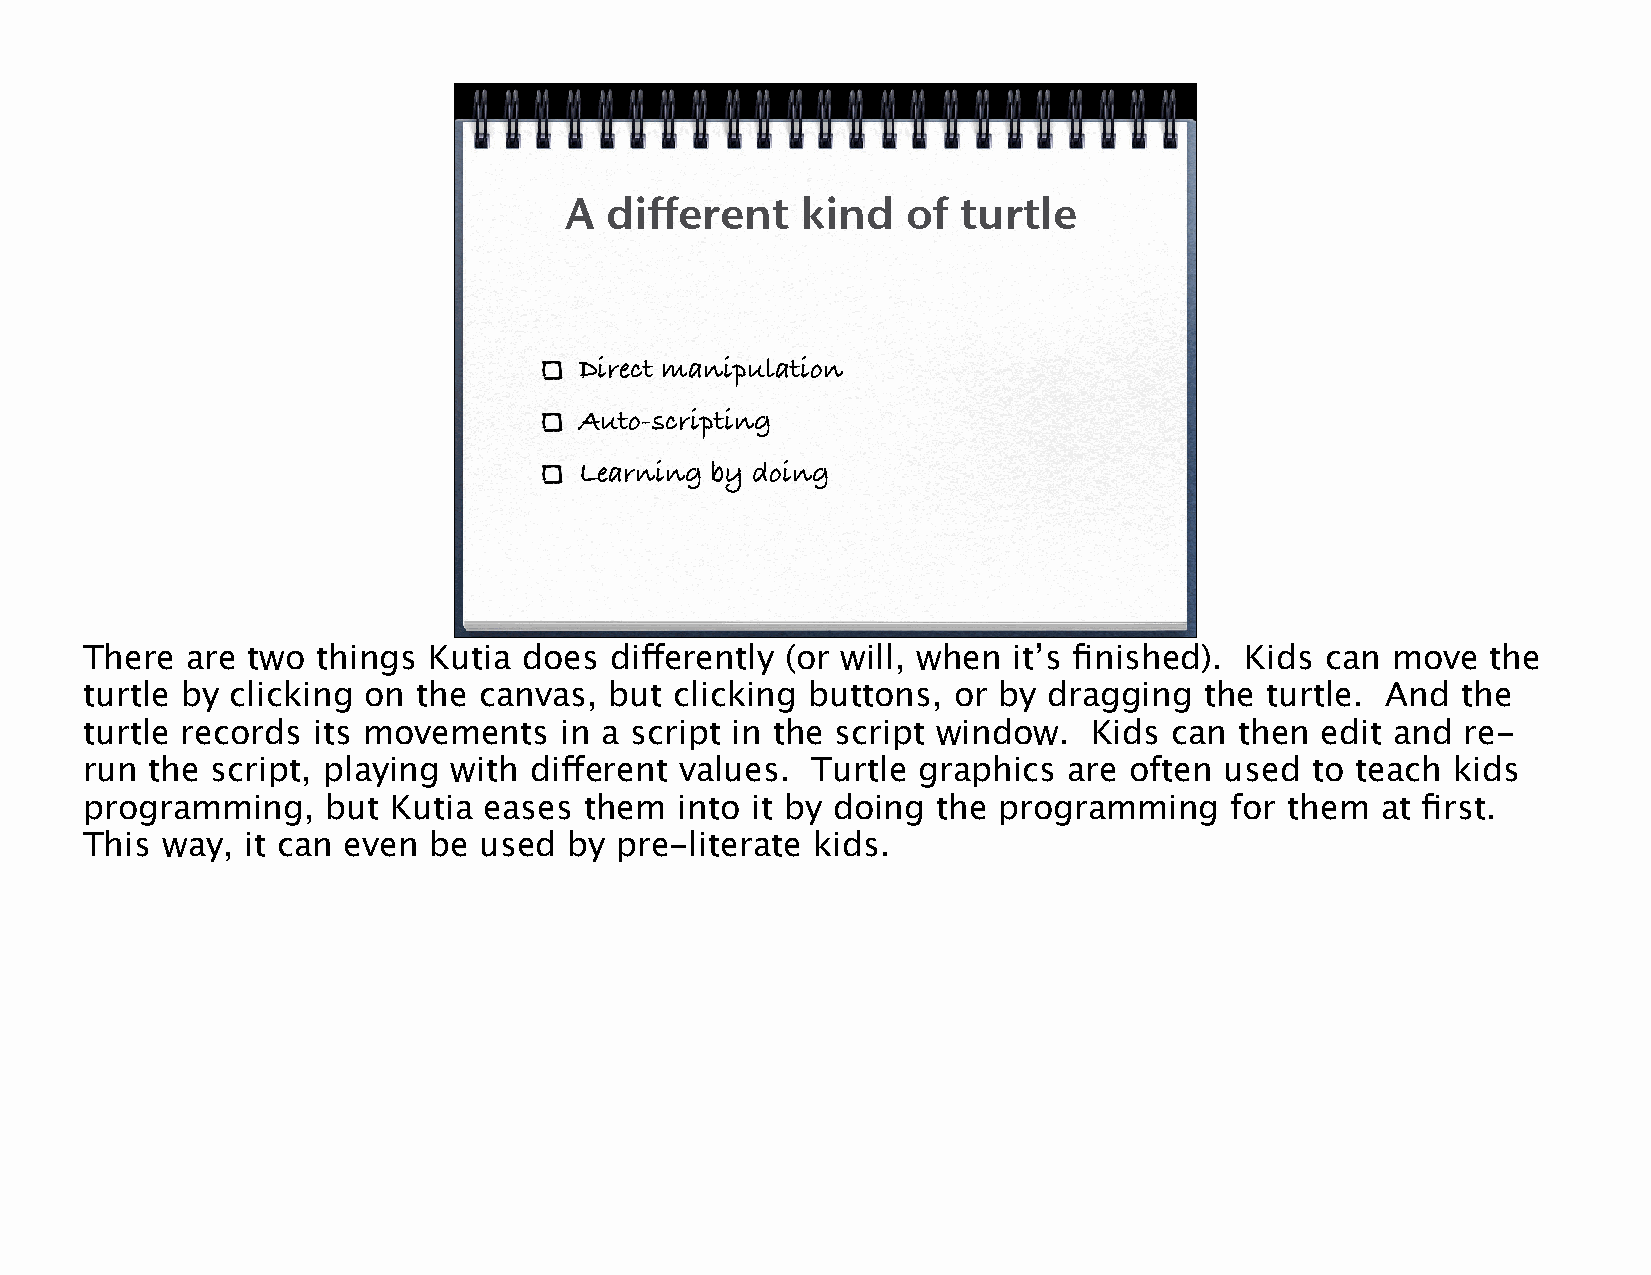
A  different    kind   of  turtle
 Direct manipulation
 Auto-scripting
 Learning by doing
 There are two  things Kutia  does differently (or will, when it’s finished). Kids can move   the
 turtle by clicking on the canvas, but  clicking buttons, or by dragging   the turtle. And  the
 turtle records its movements   in a script in the script window.  Kids  can then edit and  re-
 run the script, playing with different values.  Turtle graphics  are often used  to teach kids
 programming,    but Kutia eases  them  into it by doing the programming    for them  at first.
 This way, it can even be  used  by pre-literate kids.